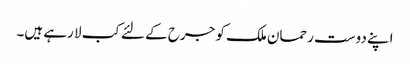
اپنے دوست رحمان ملک کو جرح کے لئے کب لا رہے ہیں۔